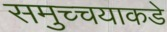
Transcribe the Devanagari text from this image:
समुच्चयाकडे